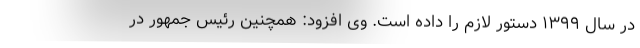
در سال ۱۳۹۹ دستور لازم را داده است. وی افزود: همچنین رئیس جمهور در